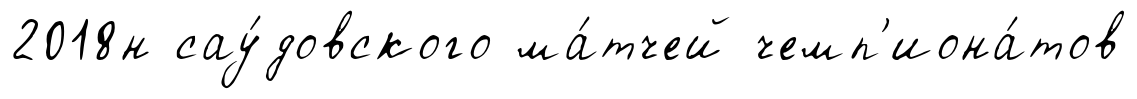
2018н сау́довского ма́тчей чемп'иона́тов